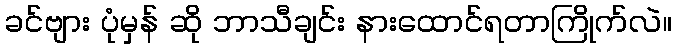
ခင်ဗျား ပုံမှန် ဆို ဘာသီချင်း နားထောင်ရတာကြိုက်လဲ။